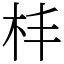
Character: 㭋